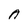
Character: A